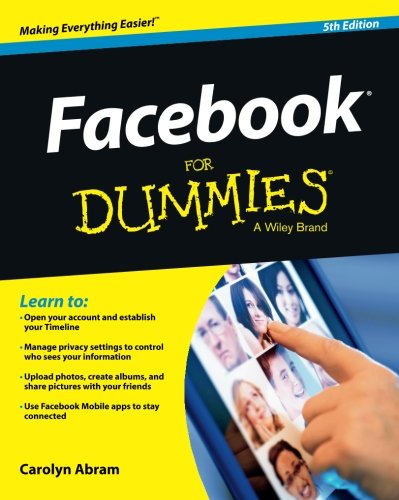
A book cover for Facebook For Dummies; Carolyn Abram; Computers & Technology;